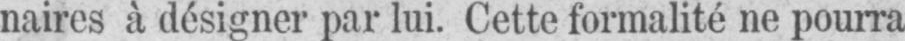
naires à désigner par lui. Cette formalité ne pourra